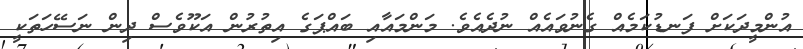
އުންމީދަކަށް ފަނޑުކަމެއް ގެނުވައެއް ނުދެއެވެ. މަންމައާއި ބައްޕަގެ އިތުރުން އަކޫވެސް ދިން ނަސޭހަތަކީ